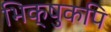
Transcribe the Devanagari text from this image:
भिक्षुकपि